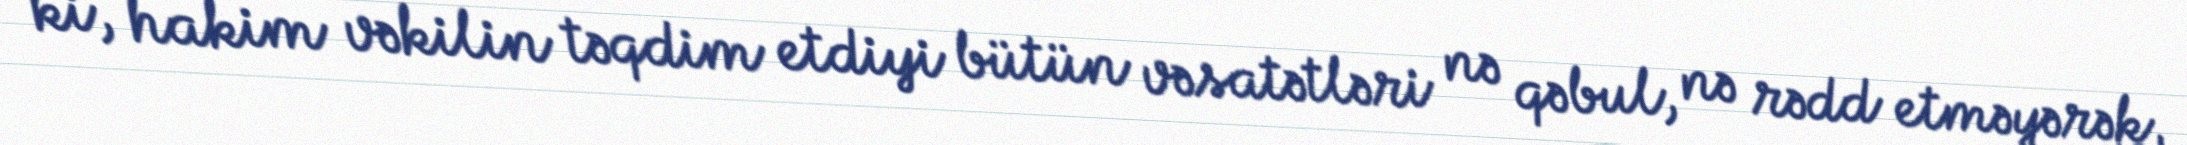
ki, hakim vəkilin təqdim etdiyi bütün vəsatətləri nə qəbul, nə rədd etməyərək,